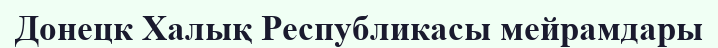
Донецк Халық Республикасы мейрамдары